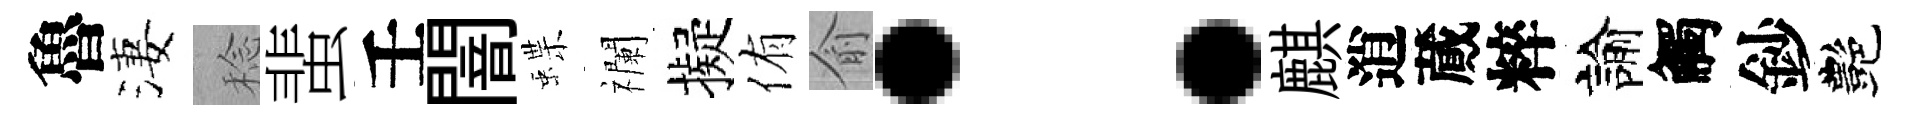
魯淒稔蜚壬闇蝶襴擬侑俞：麒逍蕆粹諭觸鈔艷